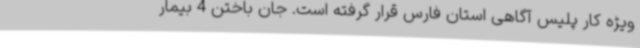
ویژه کار پلیس آگاهی استان فارس قرار گرفته است. جان باختن 4 بیمار